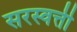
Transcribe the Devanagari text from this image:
सरस्वत्ती